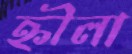
হ্নীলা